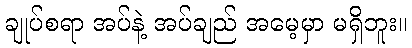
ချုပ်စရာ အပ်နဲ့ အပ်ချည် အမေ့မှာ မရှိဘူး။